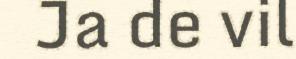
Ja de vil